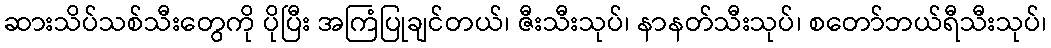
ဆားသိပ်သစ်သီးတွေကို ပိုပြီး အကြံပြုချင်တယ်၊ ဇီးသီးသုပ်၊ နာနတ်သီးသုပ်၊ စတော်ဘယ်ရီသီးသုပ်၊